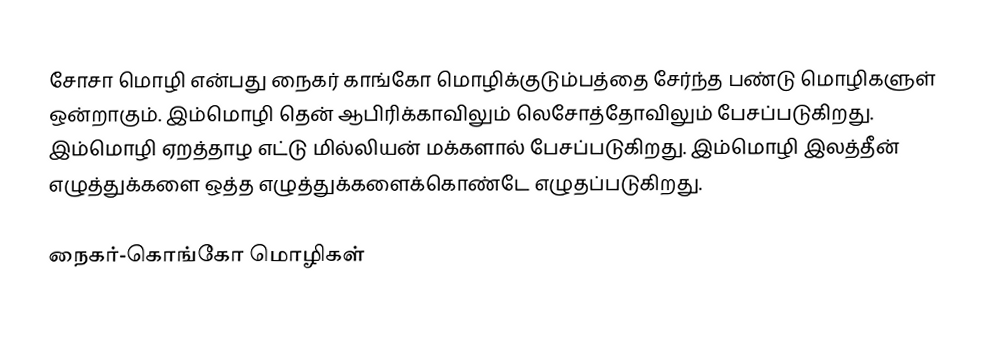
சோசா மொழி என்பது நைகர் காங்கோ மொழிக்குடும்பத்தை சேர்ந்த பண்டு மொழிகளுள் ஒன்றாகும். இம்மொழி தென் ஆபிரிக்காவிலும் லெசோத்தோவிலும் பேசப்படுகிறது. இம்மொழி ஏறத்தாழ எட்டு மில்லியன் மக்களால் பேசப்படுகிறது. இம்மொழி இலத்தீன் எழுத்துக்களை ஒத்த எழுத்துக்களைக்கொண்டே எழுதப்படுகிறது.

நைகர்-கொங்கோ மொழிகள்